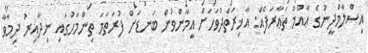
އިސްލާމްދީނުގެ ޢާއްމު ތަޢާރަފެއް: އާޚިރަތްދުވަހަށް އީމާންވުން ބަނޑަށް ފުރަތަމަ ތިންމަހުގައި ނިދާއިރު ދިމާވާ